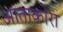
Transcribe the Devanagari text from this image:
आताकोरा